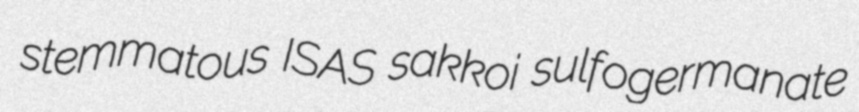
stemmatous ISAS sakkoi sulfogermanate